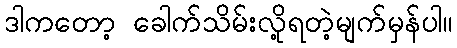
ဒါကတော့ ခေါက်သိမ်းလို့ရတဲ့မျက်မှန်ပါ။